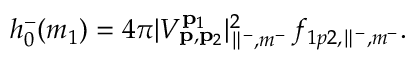
h _ { 0 } ^ { - } ( m _ { 1 } ) = 4 \pi | V _ { \mathbf { p } , \mathbf { p } _ { 2 } } ^ { \mathbf { p } _ { 1 } } | _ { \parallel ^ { - } , m ^ { - } } ^ { 2 } \, f _ { 1 p 2 , \parallel ^ { - } , m ^ { - } } .